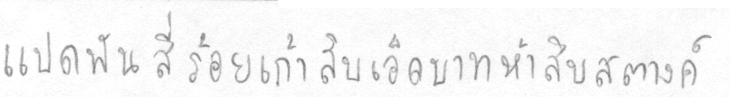
แปดพันสี่ร้อยเก้าสิบเอ็ดบาทห้าสิบสตางค์